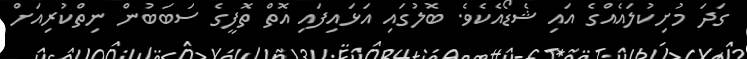
ގަދަ މުށިކުލައެއްގެ އައި ޝެޑޯއެކެވެ. ބޮލުގައި އަޅައިފައި އޮތް ތޮފީގެ ސަބަބުން ނިތްކުރިއަށް